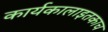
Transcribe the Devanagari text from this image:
कार्यकालाइतकाच